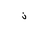
Letter: _non